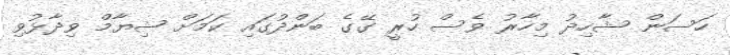
ހަސަން ޝާހިދު މިހާރު ވެސް ހުރީ ގޭގެ ބަންދުގައި ކަމަށް ޝިޔާމް ވިދާޅުވި